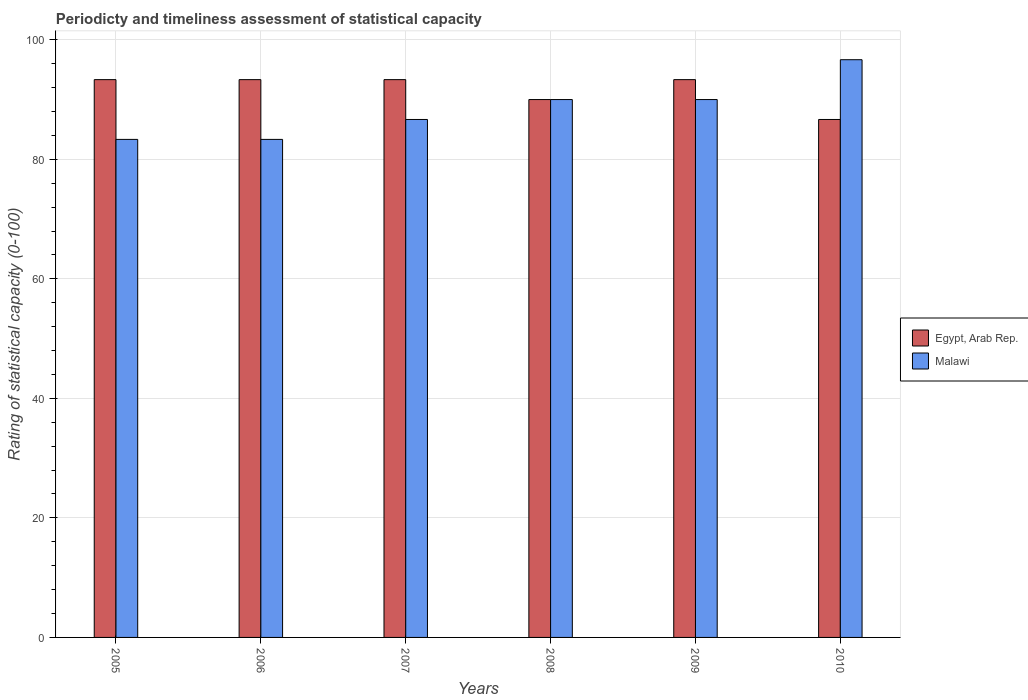
| Years | Egypt, Arab Rep. | Malawi |
 | --- | --- | --- |
 | 2005 | 93.3 | 83.3 |
 | 2006 | 93.3 | 83.3 |
 | 2007 | 93.3 | 86.7 |
 | 2008 | 90 | 90 |
 | 2009 | 93.3 | 90 |
 | 2010 | 86.7 | 96.7 |